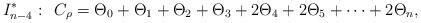
LaTeX: \begin{align*}I_{n-4}^*: \: \: C_{\rho} = \Theta_0 + \Theta_1 + \Theta_2 +\Theta_3 + 2 \Theta_4 + 2 \Theta_5 + \cdots + 2 \Theta_n,\end{align*}